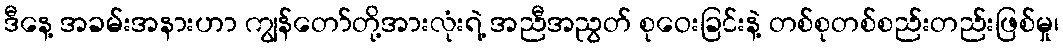
ဒီနေ့ အခမ်းအနားဟာ ကျွန်တော်တို့အားလုံးရဲ့ အညီအညွတ် စုဝေးခြင်းနဲ့ တစ်စုတစ်စည်းတည်းဖြစ်မှု၊